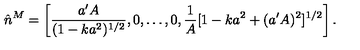
\hat { n } ^ { M } = \left[ \frac { a ^ { \prime } A } { ( 1 - k a ^ { 2 } ) ^ { 1 / 2 } } , 0 , \dots , 0 , \frac { 1 } { A } [ 1 - k a ^ { 2 } + ( a ^ { \prime } A ) ^ { 2 } ] ^ { 1 / 2 } \right] .